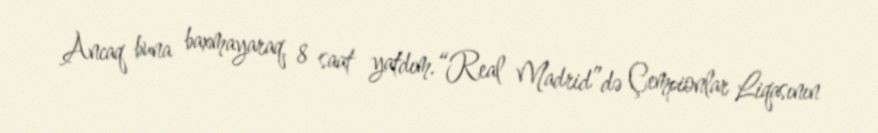
Ancaq buna baxmayaraq, 8 saat yatdım.“Real Madrid”də Çempionlar Liqasının